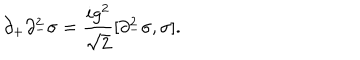
\partial _ { + } \partial _ { - } ^ { 2 } \sigma = { \frac { i g ^ { 2 } } { \sqrt { 2 } } } [ \partial _ { - } ^ { 2 } \sigma , \sigma ] .